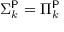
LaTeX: \Sigma _ { k } ^ { \mathsf { P } } = \Pi _ { k } ^ { \mathsf { P } }